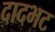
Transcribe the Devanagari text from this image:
दादभट